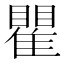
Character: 瞿